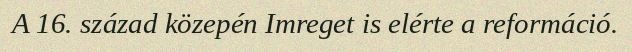
A 16. század közepén Imreget is elérte a reformáció.